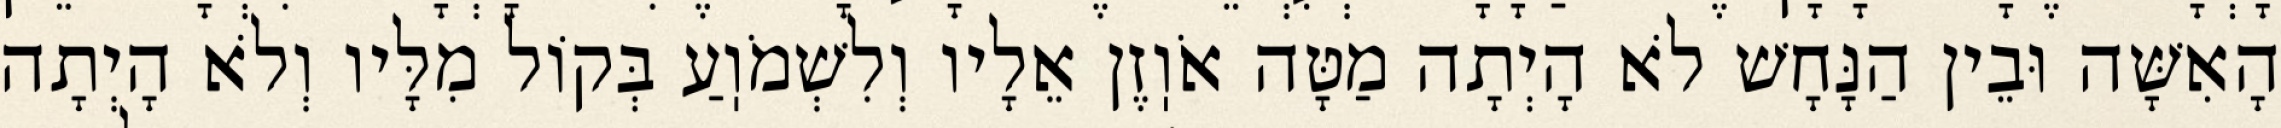
הָאִשָּׁה וּבֵין הַנָּחָשׁ לֹא הָיְתָה מַטָּה אֹוֽזֶן אֵלָיו וְלִשְׁמֹוֽעַ בְּקוֹל מִלָּיו וְלֹא הָיְתָה